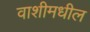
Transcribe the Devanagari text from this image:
वाशीमधील